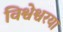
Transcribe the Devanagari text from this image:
विश्वेश्वरया